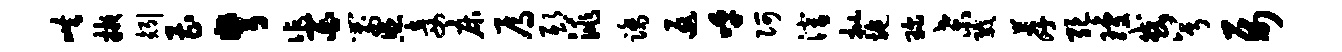
哄掖矧曹弩作百箭照妾床焉邸洮踏返呼阿潜批施琛桑戮荐绝琼或兮属